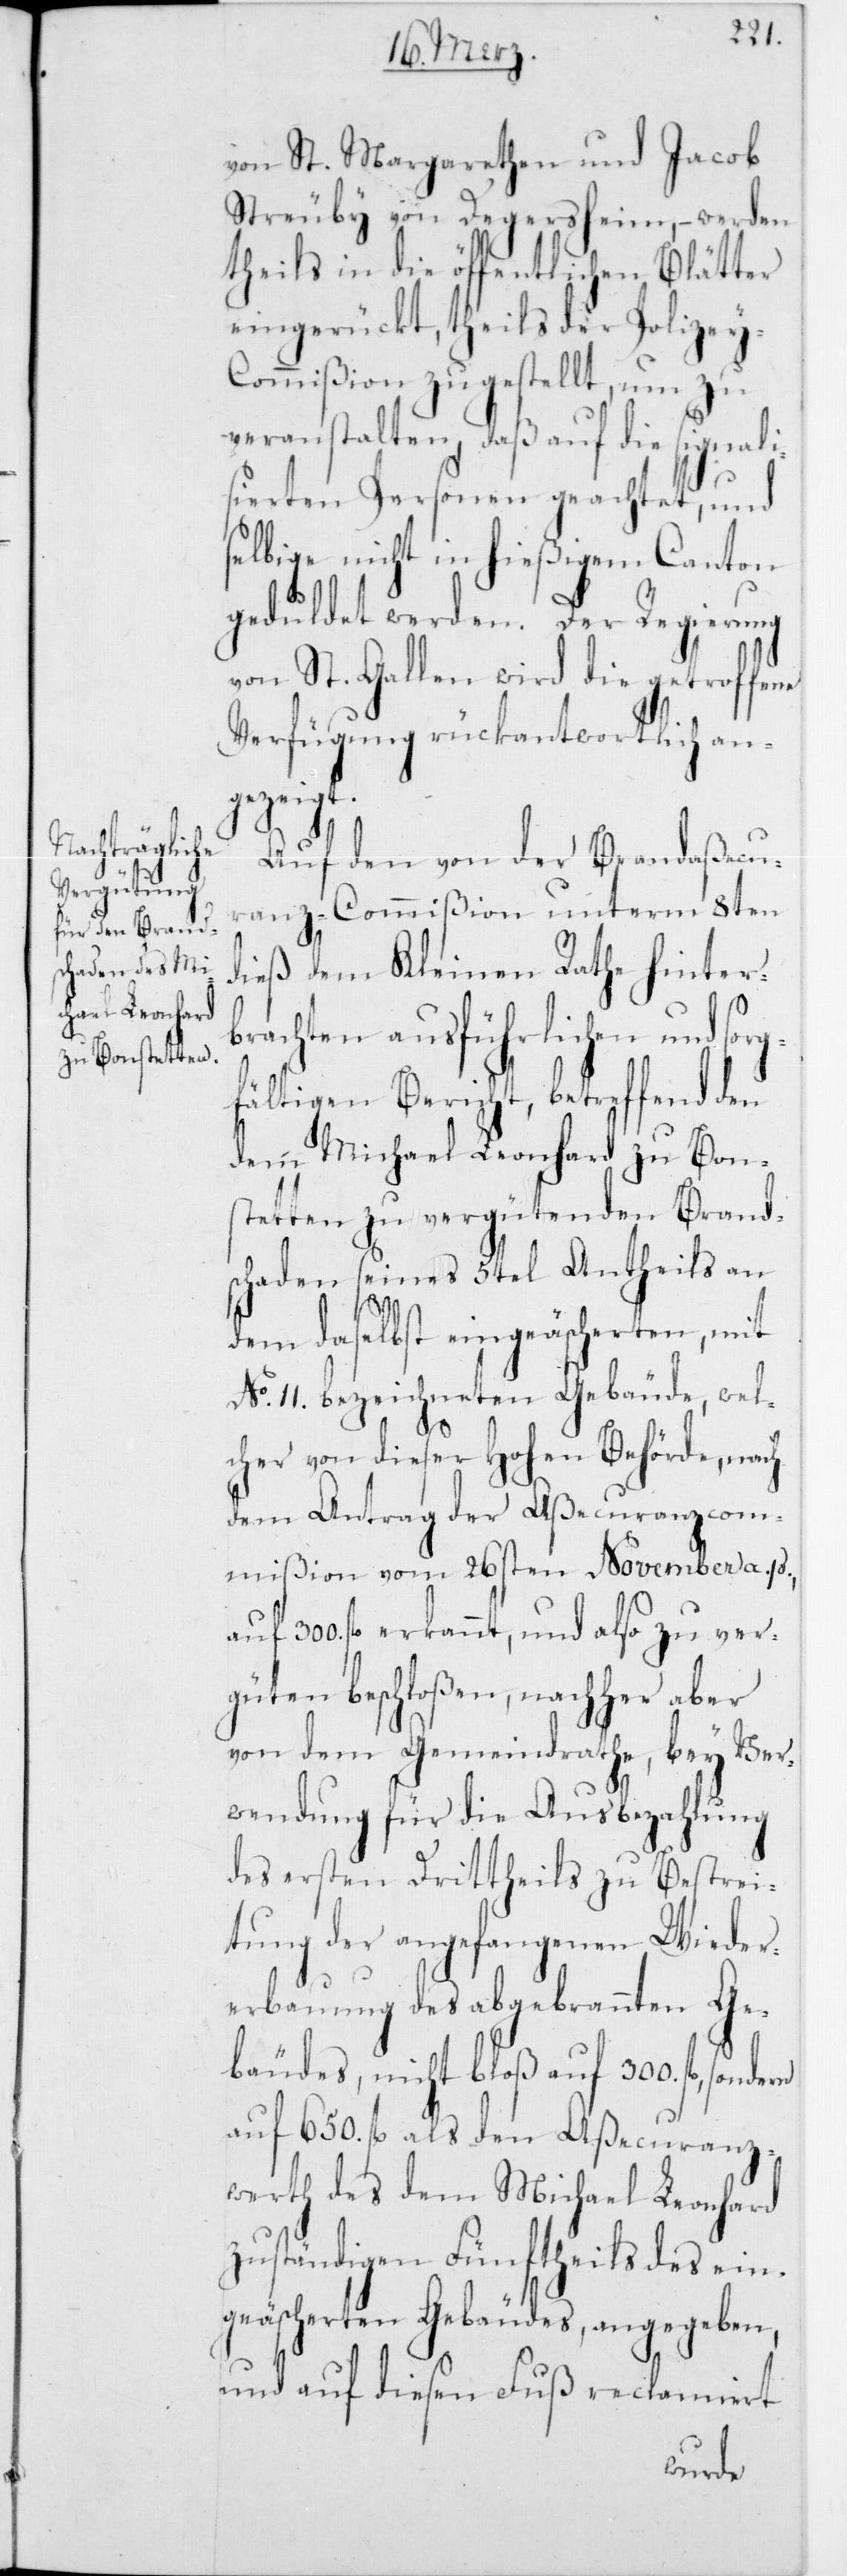
von St. Margarethen und Jacob
Streuby von Degersheim, – werden
theils in die öffentlichen Blätter
eingerückt, theils der Polizey-C¬
ommißion zugestellt, um zu
veranstalten, daß auf die signali¬
sierten Personen geachtet und
selbige nicht in hießigem Canton
geduldet werden. Der Regierung
von St. Gallen wird die getroffene
Verfügung rückantwortlich an¬
gezeigt.
Auf den von der Brandaßecu¬
ranz-Commißion unterm 8ten
dieß dem Kleinen Rathe hinterb¬
rachten ausführlichen und
fältigen Bericht, betreffend den
dem Michael Leonhard zu Bon¬
stetten zu vergütenden Brand¬
schaden seines 5tel Antheils an
dem daselbst eingeäscherten, mit
No 11bezeichneten Gebäude, wel¬
sorg¬
cher von dieser Hohen Behörde, nach
dem Antrag der Aßecuranzcom¬
mißion vom 26sten November a. p.
auf 300 fl. erkannt, und also zu ver¬
güten beschloßen, nachher aber
von dem Gemeindrathe, bey Ver¬
wendung für die Ausbezahlung
des ersten Drittheils zu Bestrei¬
tung der angefangenen Wieder¬
erbauung des abgebrannten Ge¬
bäudes, nicht bloß auf 300 fl.,
auf 650 fl. als den Aßecuranz¬
werth des dem Michael Leonhard
zuständigen Fünftheils des ein¬
geäscherten Gebäudes, angegeben,
und auf diesen Fuß reclamiert